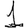
Digit: 1